Vital statistics of India. Vol. IV, Annual returns from 1871 to 1876. British Army of India, Native Army and jails of Bengal
Year: 1871
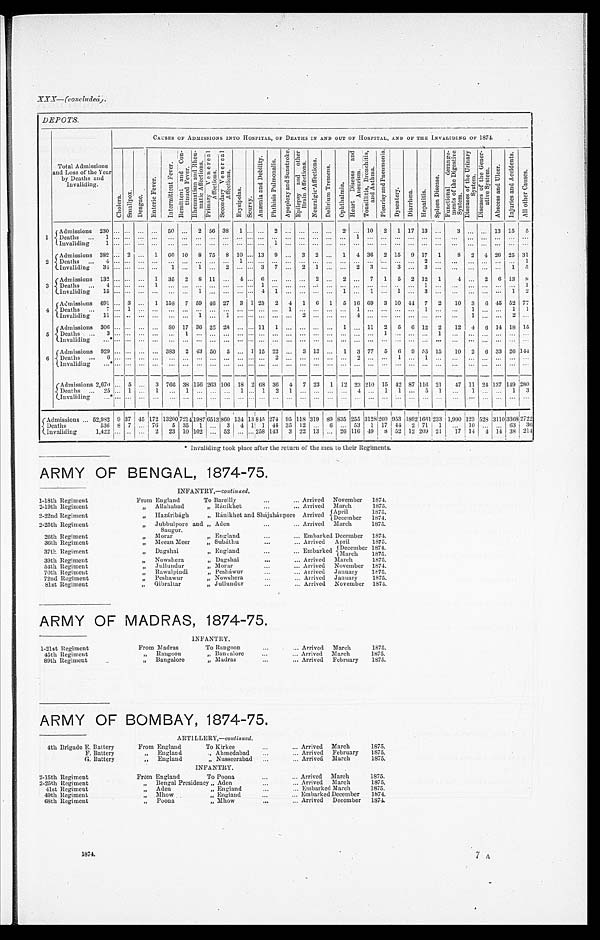
XXX—(concluded).
DEPOTS.
Total Admissions
and Loss of the Year
by Deaths and
Invaliding.
CAUSES OF ADMISSIONS INTO HOSPITAL, OF DEATHS IN AND OUT OF HOSPITAL, AND OF THE INVALIDING OF 1874.
C h o l e r a .
S m a l l p o x .
D e n g u e .
E n t e r i c F e v e r .
I n t e r m i t t e n t F e v e r .
R e m i t t e n t a n d c o n - t i n u e d F e v e r .
R h e u m a t i s m a n d R h e u - m a t i c A f f e c t i o n s .
P r i m a r y V e n e r e a l A f f e c t i o n s .
S e c o n d a r y V e n e r e a l A f f e c t i o n s .
E r y s i p e l a s .
S c u r v y .
A n æ m i a a n d D e b i l i t y .
P h t h i s i s P u l m o n a l i s .
A p o p l e x y a n d S u n s t r o k e . E p i l e p s y a n d o t h e r B r a i n A f f e c t i o n s .
N e u r a l g i c A f f e c t i o n s .
D e l i r i u m T r e m e n s .
O p h t h a l m i a .
H e a r t D i s e a s e s a n d A n e u r i s m .
T o n s i l l i t i s , B r o n c h i t i s , a n d A s t h m a .
P l e u r i s y a n d P n e u m o n i a .
D y s e n t e r y .
D i a r r h œ a .
H e p a t i t i s .
S p l e e n D i s e a s e s .
F u n c t i o n a l d e r a n g e - m e n t s o f t h e D i g e s t i v e S y s t e m .
D i s e a s e s o f t h e U r i n a r y S y s t e m .
D i s e a s e s o f t h e G e n e r - a t i v e S y s t e m .
A b s c e s s a n d U l c e r .
I n j u r i e s a n d A c c i d e n t s .
A l l o t h e r C a u s e s .
1
Admissions 230
. . .
. . . . . .
. . .
50
. . .
2
5 6 3 8
1
. . .
. . . 2
. . .
. . .
. . .
. . .
2
. . . 10
2
1 17 13
. . .
3
. . . . . .
13 15
5
Deaths . . . 1
. . .
. . .
. . .
. . .
. . .
. . .
. . .
. . .
. . .
. . .
. . .
. . .
. . .
. . .
. . .
. . .
. . .
. . .
1 . . .
. . .
. . .
. . .
. . .
. . .
. . .
. . .
. . .
. . .
. . . . . .
Invaliding 1
. . .
. . .
. . .
. . .
. . .
. . .
. . .
. . .
. . .
. . . . . .
. . .
1
. . .
. . .
. . .
. . .
. . .
. . . . . .
. . .
. . .
. . .
. . .
. . .
. . .
. . .
. . .
. . .
. . . . . .
2
Admissions 382
. . . 2
. . . 1
6 0 10
8 75
8 10
. . . 13
9
. . . 3
2
. . .
1 4 36
2 15
9 17
1
8
2
4 26 25 31
Deaths . . . 4
. . .
. . .
. . .
. . .
. . .
. . .
. . .
. . .
. . .
1 . . .
. . .
. . .
. . .
. . .
. . .
. . .
. . .
. . . . . .
. . .
. . .
. . . 2
. . .
. . .
. . .
. . .
. . .
. . .
1
Invaliding 34
. . .
. . .
. . .
. . .
1
. . .
1
. . . 2
. . .
. . . 3
7
. . . 2
1
. . .
. . . 2
3
. . . 3
. . . 3
. . .
. . .
. . .
. . .
. . .
1
5
3
Admissions 132
. . .
. . . . . .
1
35
2
8 11
. . . 4
. . . 6
. . .
. . .
. . . 2
. . .
2
. . .
7
1
5
2 12
1
4
. . . 2
6 13
8
D e a t h s . . . 4
. . .
. . .
. . .
1
. . .
. . .
. . .
. . .
. . .
. . . . . .
1
. . .
. . .
. . .
. . .
. . .
. . . . . . . . .
. . . . . .
. . . 1
. . .
. . .
. . .
. . .
. . .
. . . 1
I n v a l i d i n g 1 5
. . .
. . .
. . .
. . .
. . .
. . .
1
. . .
. . .
. . . . . .
4
1
. . .
. . .
. . .
. . .
1
. . . 1
. . .
1
. . .
3
. . .
. . .
. . .
. . .
. . .
1 2
4
A d m i s s i o n s 6 9 1
. . . 3
. . .
1 158
7 59 46 27
3 1 23
2
4
1
6
1
5 16 69
3 10 44
7
2
10
3
6 45 52 77
Deaths . . . 7
. . . 1
. . .
. . .
. . .
. . .
. . .
. . .
. . .
. . . . . .
. . .
. . .
1
. . .
. . .
. . .
. . .
1 . . .
. . .
. . .
. . .
1
. . .
. . .
1
. . .
. . .
1 1
I n v a l i d i n g 1 1
. . .
. . .
. . .
. . .
. . .
. . .
1
. . .
1
. . . . . .
. . .
. . .
. . .
2
. . .
. . .
. . .
4 . . .
. . .
. . .
. . .
. . .
. . .
. . .
1
. . .
. . .
2 . . .
5
Admissions 306
. . .
. . .
. . .
. . .
8 0 17 36 25 28
. . .
. . . 11
1
. . .
. . .
. . .
. . . 1
. . . 11
2
5
6 12
2
12
4
6 14 18 15
D e a t h s . . . 3
. . .
. . .
. . .
. . .
. . .
1
. . .
. . .
. . .
. . . . . .
. . .
. . .
. . .
. . .
. . .
. . .
. . .
. . . . . .
1
. . .
. . .
. . .
1
. . .
. . .
. . .
. . .
. . . . . .
I n v a l i d i n g . . . *
. . .
. . .
. . .
. . .
. . .
. . .
. . .
. . .
. . .
. . . . . .
. . .
. . .
. . .
. . .
. . .
. . .
. . .
. . . . . .
. . .
. . .
. . .
. . .
. . .
. . .
. . .
. . .
. . .
. . . . . .
6
Admissions 929
. . .
. . .
. . .
. . .
383
2 43 50
5
. . . 1 15 22
. . . 3 13
. . .
1
3 77
5
6
9
5 5 15
10
2
6 33 26 144
D e a t h s . . . 6
. . .
. . .
. . .
. . .
. . .
. . .
. . .
. . .
. . .
. . . . . .
. . .
2
. . .
. . .
. . .
. . .
. . .
2 . . .
. . .
1
. . .
1
. . .
. . .
. . .
. . .
. . .
. . . . . .
Invaliding . . . * . . .
. . .
. . .
. . .
. . .
. . .
. . .
. . .
. . .
. . .
. . .
. . .
. . .
. . .
. . .
. . .
. . .
. . .
. . . . . .
. . .
. . .
. . .
. . .
. . .
. . .
. . .
. . .
. . .
. . .
. . .
Admissions 2,670
. . . 5
. . .
3 766 38 156 263 106 18 2 68 36
4
7 23
1 12 23 210 15 42 87 116 21
47 11 24 137 149 280
Deaths . . . 25
. . . 1
. . .
1
. . . 1
. . .
. . .
. . . 1
. . . 1
2
1
. . .
. . .
. . .
. . . 4 . . .
1
1
. . . 5
1
. . .
1
. . .
. . .
1
3
Invaliding . . . *
. . .
. . .
. . .
. . .
. . .
. . .
. . .
. . .
. . .
. . .
. . .
. . .
. . .
. . .
. . .
. . .
. . .
. . .
. . . . . .
. . .
. . .
. . .
. . .
. . .
. . .
. . .
. . .
. . .
. . . . . .
Admissions . . . 52,982 9 37 45 172 13200 7214 1987
6 5 1 3 860 134 13 845 274 95 118
3 1 9
89 835 255 3128
2 6 0
953 1892
1 6 6 1
233 1,990 123 528 3110 3368 2722
Deaths
536 8 7
. . . 76
5 35
1
. . . 3
4 1 1 44 35 12
. . .
6
. . . 53
1 17 44
2 71
1
. . .
10
. . .
. . . 63
36
Invaliding
1,422
. . .
. . .
. . .
2
23 10 102
. . . 52
. . .
. . . 258 143
3 22 13
. . . 26 116 49
8
5 2 12 209 21
17 14
4 14 38 214
* Invaliding took place after the return of the men to their Regiments.
ARMY OF BENGAL, 1874-75.
INFANTRY,— continued.
1-18th Regiment
From England
To Bareilly . . .
Arrived
November
1874.
2-19th Regiment
" A l l a h a b a d
" Ránikhet . . .
Arrived
March
1875.
April
1 8 7 5 .
2-22nd Regiment
" H a z á r i b á g h
" Ránikhet and Shajahánpore Arrived December
1874.
2-25th Regiment
" Jubbulpore and
Saugor.
" Aden . . .
Arrived
March
1875.
26th Regiment
" M o r a r
" E n g l a n d . . .
Embarked December
1874.
36th Regimen
" M e e a n M e e r
" Subáthu . . .
Arrived
April
1875.
37th Regiment
" D a g s h a i
" E n g l a n d . . . Embarked December 1874.
March
1875.
39th Regiment
" N o w s h e r a
" Dagshai . . .
Arrived
March
1875.
54th Regiment
" J u l l u n d u r
" Morar . . .
Arrived
November
1874.
70th Regiment
" R a w a l p i n d i
" Pesháwur . . .
Arrived
January
1 8 7 5 .
72nd Regiment
" P e s h a w u r
" Nowshera . . .
Arrived
January
1875.
81st Regiment
" G i b r a l t a r
" Jullundur . . .
Arrived
November
1874.
ARMY OF MADRAS, 1874-75.
INFANTRY.
1-21st Regiment
From Madras
To Rangoon . . . Arrived
March
1875.
45th Regiment
" Rangoon
" Bangalore . . . Arrived
March
1875.
89th Regiment
" Bangalore
" Madras . . . Arrived
February
1875.
ARMY OF BOMBAY, 1874-75.
ARTILLERY,— continued.
4th Brigade E. Battery
From England
To Kirkee . . . Arrived
March
1875.
F. Battery
" England
" Ahmedabad . . . Arrived
February
1875.
G. Battery
" E n g l a n d
" Nusseerabad . . . Arrived
March
1875.
INFANTRY.
2-15th Regiment
From England
To Poona . . . Arrived
March
1875.
2-25th Regiment
" Bengal Presidency " Aden . . . Arrived
March
1875.
41st Regiment
" Aden
" England . . . Embarked March
1875.
49th Regiment
" Mhow
" England . . . Embarked December
1874.
68th Regiment
" Poona
" Mhow . . . Arrived
December
1874.
1874.
7
A